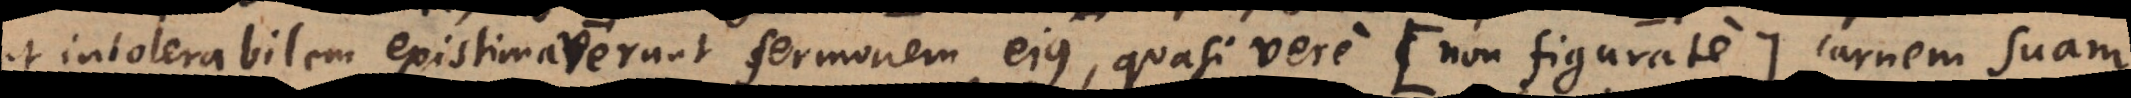
intolerabilem existimaverunt sermonem ejus, quasi vere (: non figurate:) carnem suam